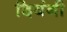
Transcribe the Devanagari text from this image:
दियंनी